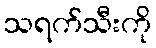
သရက်သီးကို